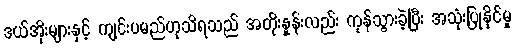
ဒယ်အိုးများနှင့် ကျင်းပမည်ဟုသိရသည် အတိုးနှုန်းလည်း ကုန်သွားခဲ့ပြီး အသုံးပြုနိုင်မှု